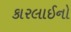
કારલાઈનો